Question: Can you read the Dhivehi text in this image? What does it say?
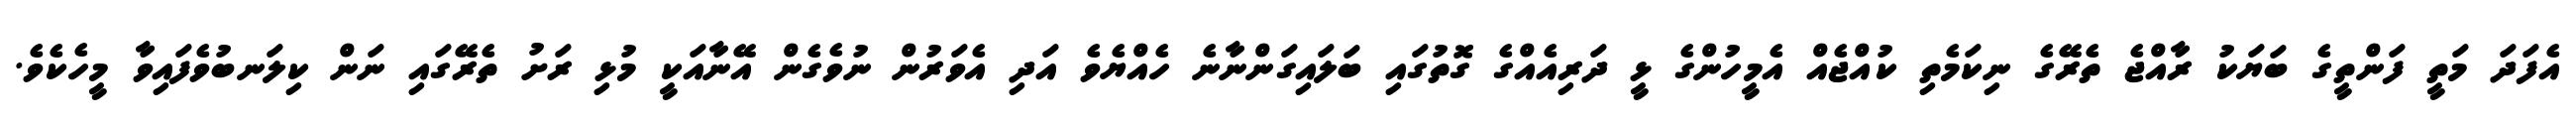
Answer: އެފަދަ މަތީ ފަންތީގެ ބަޔަކު ރާއްޖެ ތެރޭގެ ނިކަމެތި ކުއްޖެއް އެމީހުންގެ ޅީ ދަރިއެއްގެ ގޮތުގައި ބަލައިގަންނާނެ ހެއްޔެވެ އަދި އެވަރުން ނުވެގެން އޭނާއަކީ މުޅި ރަށު ތެރޭގައި ނަން ކިލަނބުވެފައިވާ މީހެކެވެ.